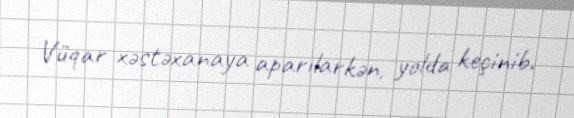
Vüqar xəstəxanaya aparılarkən, yolda keçinib.